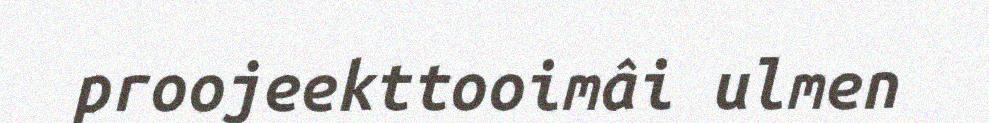
proojeekttooimâi ulmen